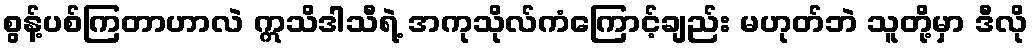
စွန့်ပစ်ကြတာဟာလဲ ဣသိဒါသီရဲ့ အကုသိုလ်ကံကြောင့်ချည်း မဟုတ်ဘဲ သူတို့မှာ ဒီလို